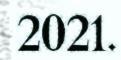
2021.